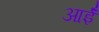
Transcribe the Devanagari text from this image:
आईँ